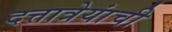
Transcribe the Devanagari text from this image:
दत्तात्रेयांची